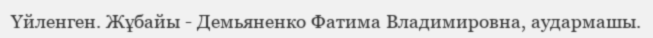
Үйленген. Жұбайы - Демьяненко Фатима Владимировна, аудармашы.